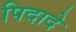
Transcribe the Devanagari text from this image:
पिदादे